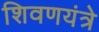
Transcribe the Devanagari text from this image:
शिवणयंत्रे